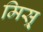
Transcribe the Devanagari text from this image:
मिस्र्